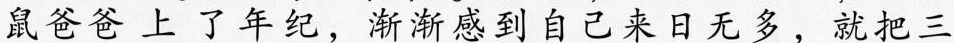
鼠爸爸上了年纪，渐渐感到自己来日无多，就把三